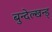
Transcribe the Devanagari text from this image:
बुन्देल्खन्ड्